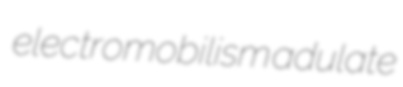
electromobilism adulate